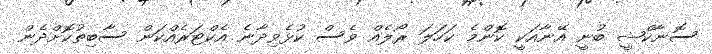
ސޮނާކްޝީ ބުނީ އޭނާއަކީ ކޮންމެ ކަހަލަ ރޯލެއް ވެސް ކުޅެވިދާނެ އެކްޓަރެއްކަން ސާބިތުކޮށްދެން